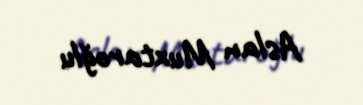
Aslan Muxtaroğlu